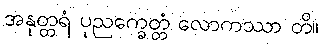
အနုတ္တရံ ပုညက္ခေတ္တံ လောကဿာ တိ။